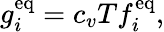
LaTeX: g_{i}^{\mathrm{eq}}=c_{v}Tf_{i}^{\mathrm{eq}},